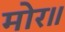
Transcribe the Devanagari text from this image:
मोर॥